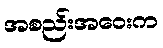
အစည်းအဝေးက